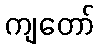
ကျတော်